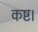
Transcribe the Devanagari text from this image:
कष्ट।